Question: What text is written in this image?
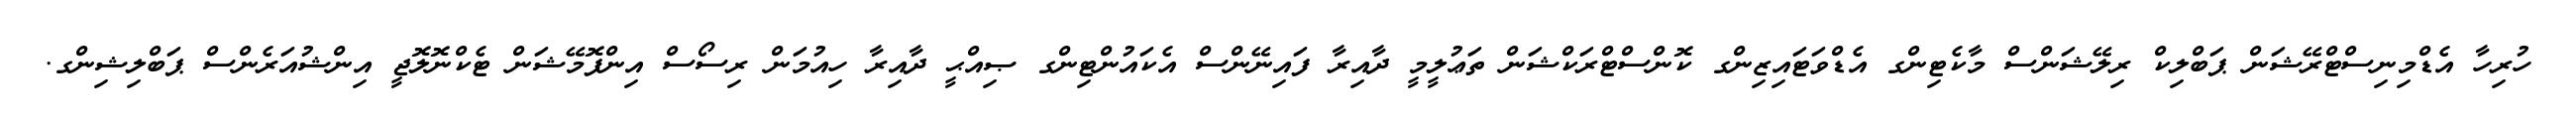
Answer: ހުރިހާ އެޑްމިނިސްޓްރޭޝަން ޕަބްލިކް ރިލޭޝަންސް މާކެޓިންގ އެޑްވަޓައިޒިންގ ކޮންސްޓްރަކްޝަން ތަޢުލީމީ ދާއިރާ ފައިނޭންސް އެކައުންޓިންގ ޞިއްޙީ ދާއިރާ ހިއުމަން ރިސޯސް އިންފޮމޭޝަން ޓެކްނޮލޮޖީ އިންޝުއަރެންސް ޕަބްލިޝިންގ.